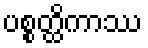
ပစ္စတ္ထိကာဿ